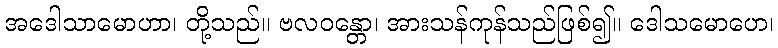
အဒေါသာမောဟာ၊ တို့သည်။ ဗလဝန္တော၊ အားသန်ကုန်သည်ဖြစ်၍။ ဒေါသမောဟေ၊